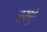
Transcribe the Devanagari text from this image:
तरद्दुद